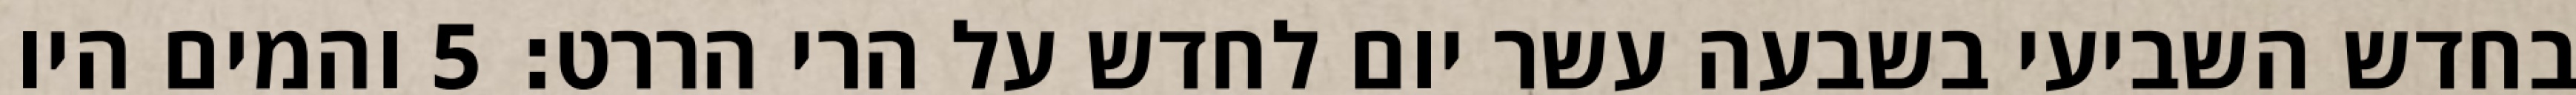
בחדש השביעי בשבעה עשר יום לחדש על הרי הררט׃ ‎5‏ והמים היו